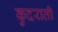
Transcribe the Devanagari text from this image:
कुदराती